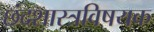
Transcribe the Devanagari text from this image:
छंदशास्त्रविषयक